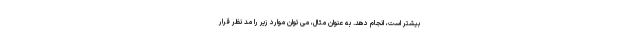
بیشتر است، انجام دهد. به عنوان مثال، می توان موارد زیر را مد نظر قرار